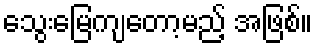
သွေးမြေကျတော့မည့် အဖြစ်။